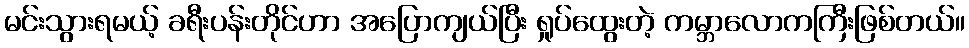
မင်းသွားရမယ့် ခရီးပန်းတိုင်ဟာ အပြောကျယ်ပြီး ရှုပ်ထွေးတဲ့ ကမ္ဘာလောကကြီးဖြစ်တယ်။